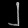
Digit: ၂